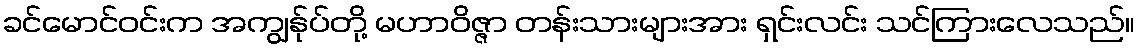
ခင်မောင်ဝင်းက အကျွန်ုပ်တို့ မဟာဝိဇ္ဇာ တန်းသားများအား ရှင်းလင်း သင်ကြားလေသည်။